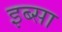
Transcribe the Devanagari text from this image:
इब्‍सा